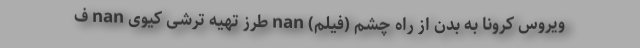
ویروس کرونا به بدن از راه چشم (فیلم) nan طرز تهیه ترشی کیوی nan ف